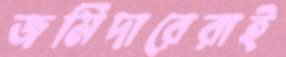
জমিদারেরাই